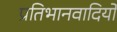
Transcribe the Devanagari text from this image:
प्रतिभानवादियों